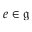
e \in { \mathfrak { g } }